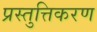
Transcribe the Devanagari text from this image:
प्रस्तुत्तिकरण